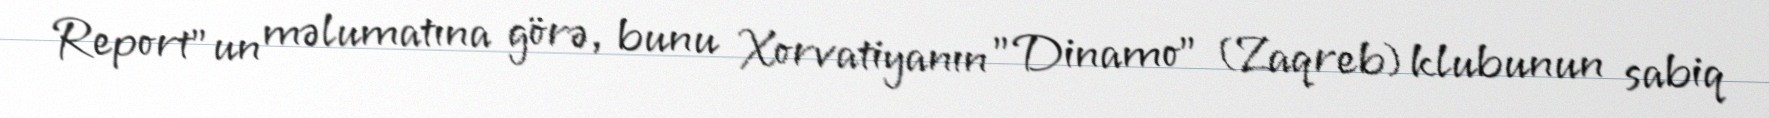
Report"un məlumatına görə, bunu Xorvatiyanın "Dinamo" (Zaqreb) klubunun sabiq